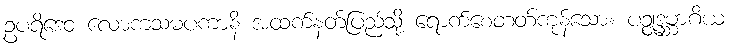
ဥပရိဒေဝ လောကသမပကာနိ အထက်နတ်ပြည်သို့ ရောက်စေတတ်ကုန်သော။ ပဉ္စုဒ္ဓမ္ဘာဂိယ